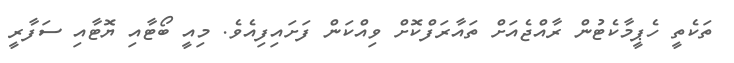
ތަކެތީ ހެޕީމާކެޓުން ރާއްޖެއަށް ތައާރަފްކޮށް ވިއްކަން ފަށައިފިއެވެ. މިއީ ބޯޓާއި ޔޮޓާއި ސަފާރީ